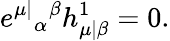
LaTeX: e^{\mu|}{}_{\alpha}{}^{\beta}h_{\mu|\beta}^{1}=0.